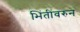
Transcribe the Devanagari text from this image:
भिंतींवरुन